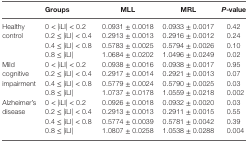
<table><thead><tr><td></td><td><b>Groups</b></td><td><b>MLL</b></td><td><b>MRL</b></td><td><b><i>P</i>-value</b></td></tr></thead><tbody><tr><td rowspan="4">Healthy control</td><td>0 &lt; |iLI| &lt; 0.2</td><td>0.0931 ± 0.0018</td><td>0.0933 ± 0.0017</td><td>0.42</td></tr><tr><td>0.2 ≤ |iLI| &lt; 0.4</td><td>0.2913 ± 0.0013</td><td>0.2916 ± 0.0012</td><td>0.24</td></tr><tr><td>0.4 ≤ |iLI| &lt; 0.8</td><td>0.5783 ± 0.0025</td><td>0.5794 ± 0.0026</td><td>0.10</td></tr><tr><td>0.8 ≤ |iLI|</td><td>1.0684 ± 0.0202</td><td>1.0496 ± 0.0249</td><td>0.02</td></tr><tr><td rowspan="4">Mild cognitive impairment</td><td>0 &lt; |iLI| &lt; 0.2</td><td>0.0938 ± 0.0016</td><td>0.0938 ± 0.0017</td><td>0.95</td></tr><tr><td>0.2 ≤ |iLI| &lt; 0.4</td><td>0.2917 ± 0.0014</td><td>0.2921 ± 0.0013</td><td>0.07</td></tr><tr><td>0.4 ≤ |iLI| &lt; 0.8</td><td>0.5779 ± 0.0024</td><td>0.5790 ± 0.0025</td><td>0.03</td></tr><tr><td>0.8 ≤ |iLI|</td><td>1.0737 ± 0.0178</td><td>1.0559 ± 0.0218</td><td>0.002</td></tr><tr><td rowspan="4">Alzheimer’s disease</td><td>0 &lt; |iLI| &lt; 0.2</td><td>0.0926 ± 0.0018</td><td>0.0932 ± 0.0020</td><td>0.03</td></tr><tr><td>0.2 ≤ |iLI| &lt; 0.4</td><td>0.2913 ± 0.0013</td><td>0.2911 ± 0.0015</td><td>0.55</td></tr><tr><td>0.4 ≤ |iLI| &lt; 0.8</td><td>0.5774 ± 0.0039</td><td>0.5781 ± 0.0042</td><td>0.39</td></tr><tr><td>0.8 ≤ |iLI|</td><td>1.0807 ± 0.0258</td><td>1.0538 ± 0.0288</td><td>0.004</td></tr></tbody></table>